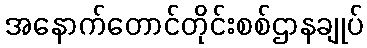
အနောက်တောင်တိုင်းစစ်ဌာနချုပ်